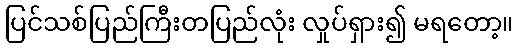
ပြင်သစ်ပြည်ကြီးတပြည်လုံး လှုပ်ရှား၍ မရတော့။